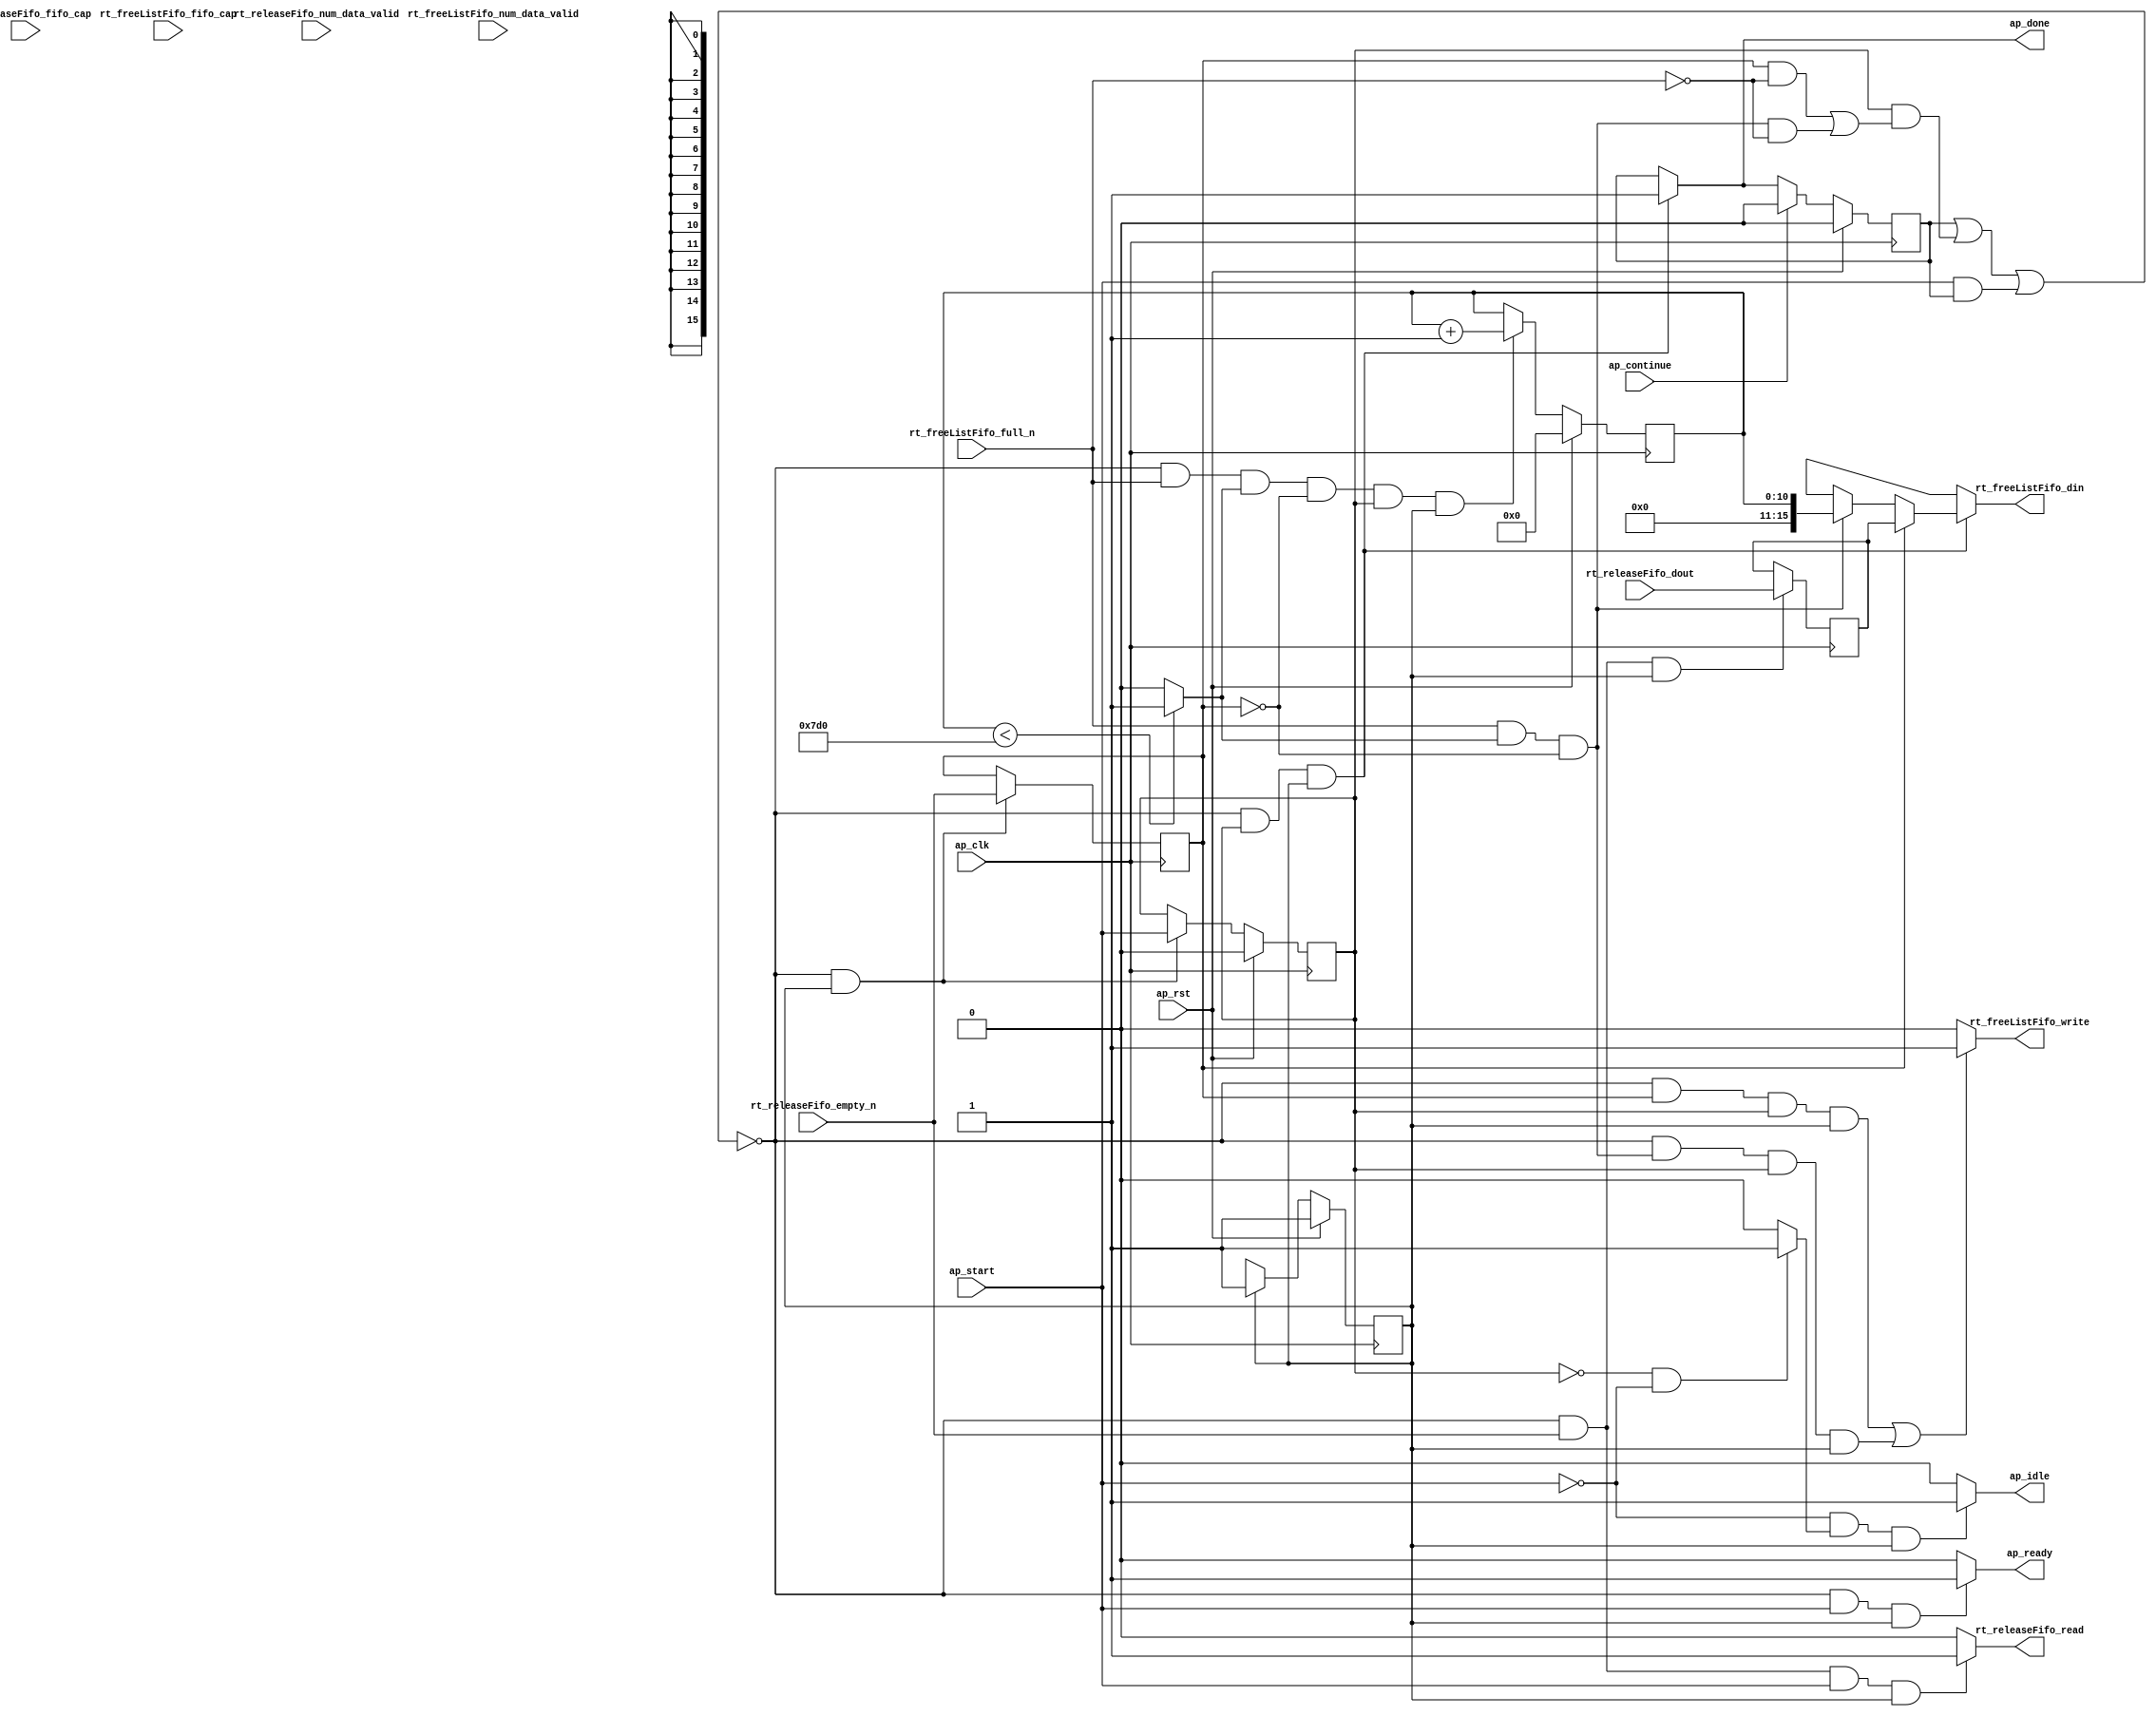
// ==============================================================
// RTL generated by Vitis HLS - High-Level Synthesis from C, C++ and OpenCL v2022.2 (64-bit)
// Version: 2022.2
// Copyright (C) Copyright 1986-2022 Xilinx, Inc. All Rights Reserved.
// 
// ===========================================================

`timescale 1 ns / 1 ps 

module rocev2_top_freelist_handler_0_s (
        ap_clk,
        ap_rst,
        ap_start,
        ap_done,
        ap_continue,
        ap_idle,
        ap_ready,
        rt_releaseFifo_dout,
        rt_releaseFifo_num_data_valid,
        rt_releaseFifo_fifo_cap,
        rt_releaseFifo_empty_n,
        rt_releaseFifo_read,
        rt_freeListFifo_din,
        rt_freeListFifo_num_data_valid,
        rt_freeListFifo_fifo_cap,
        rt_freeListFifo_full_n,
        rt_freeListFifo_write
);

parameter    ap_ST_fsm_pp0_stage0 = 1'd1;

input   ap_clk;
input   ap_rst;
input   ap_start;
output   ap_done;
input   ap_continue;
output   ap_idle;
output   ap_ready;
input  [15:0] rt_releaseFifo_dout;
input  [1:0] rt_releaseFifo_num_data_valid;
input  [1:0] rt_releaseFifo_fifo_cap;
input   rt_releaseFifo_empty_n;
output   rt_releaseFifo_read;
output  [15:0] rt_freeListFifo_din;
input  [11:0] rt_freeListFifo_num_data_valid;
input  [11:0] rt_freeListFifo_fifo_cap;
input   rt_freeListFifo_full_n;
output   rt_freeListFifo_write;

reg ap_done;
reg ap_idle;
reg ap_ready;
reg rt_releaseFifo_read;
reg[15:0] rt_freeListFifo_din;
reg rt_freeListFifo_write;

(* fsm_encoding = "none" *) reg   [0:0] ap_CS_fsm;
wire    ap_CS_fsm_pp0_stage0;
wire    ap_enable_reg_pp0_iter0;
reg    ap_enable_reg_pp0_iter1;
reg    ap_idle_pp0;
wire   [0:0] tmp_i_nbreadreq_fu_36_p3;
reg    ap_done_reg;
reg    ap_block_state1_pp0_stage0_iter0;
reg   [0:0] tmp_i_reg_92;
wire   [0:0] icmp_ln1027_fu_74_p2;
wire   [0:0] tmp_i_317_nbwritereq_fu_50_p3;
reg    ap_predicate_op23_write_state2;
reg    ap_block_state2_pp0_stage0_iter1;
reg    ap_block_pp0_stage0_subdone;
reg   [10:0] freeListCounter_V_1;
reg    rt_releaseFifo_blk_n;
wire    ap_block_pp0_stage0;
reg    rt_freeListFifo_blk_n;
reg    ap_block_pp0_stage0_11001;
reg   [15:0] rt_releaseFifo_read_reg_96;
wire   [10:0] add_ln840_fu_80_p2;
wire   [15:0] zext_ln1027_fu_69_p1;
reg    ap_block_pp0_stage0_01001;
reg   [0:0] ap_NS_fsm;
reg    ap_idle_pp0_0to0;
reg    ap_reset_idle_pp0;
wire    ap_enable_pp0;
reg    ap_condition_117;
wire    ap_ce_reg;

// power-on initialization
initial begin
#0 ap_CS_fsm = 1'd1;
#0 ap_enable_reg_pp0_iter1 = 1'b0;
#0 ap_done_reg = 1'b0;
#0 freeListCounter_V_1 = 11'd0;
end

always @ (posedge ap_clk) begin
    if (ap_rst == 1'b1) begin
        ap_CS_fsm <= ap_ST_fsm_pp0_stage0;
    end else begin
        ap_CS_fsm <= ap_NS_fsm;
    end
end

always @ (posedge ap_clk) begin
    if (ap_rst == 1'b1) begin
        ap_done_reg <= 1'b0;
    end else begin
        if ((ap_continue == 1'b1)) begin
            ap_done_reg <= 1'b0;
        end else if (((1'b0 == ap_block_pp0_stage0_subdone) & (ap_enable_reg_pp0_iter1 == 1'b1) & (1'b1 == ap_CS_fsm_pp0_stage0))) begin
            ap_done_reg <= 1'b1;
        end
    end
end

always @ (posedge ap_clk) begin
    if (ap_rst == 1'b1) begin
        ap_enable_reg_pp0_iter1 <= 1'b0;
    end else begin
        if (((1'b0 == ap_block_pp0_stage0_subdone) & (1'b1 == ap_CS_fsm_pp0_stage0))) begin
            ap_enable_reg_pp0_iter1 <= ap_start;
        end
    end
end

always @ (posedge ap_clk) begin
    if (ap_rst == 1'b1) begin
        freeListCounter_V_1 <= 11'd0;
    end else begin
        if (((1'b0 == ap_block_pp0_stage0_11001) & (tmp_i_317_nbwritereq_fu_50_p3 == 1'd1) & (icmp_ln1027_fu_74_p2 == 1'd1) & (tmp_i_reg_92 == 1'd0) & (ap_enable_reg_pp0_iter1 == 1'b1) & (1'b1 == ap_CS_fsm_pp0_stage0))) begin
            freeListCounter_V_1 <= add_ln840_fu_80_p2;
        end
    end
end

always @ (posedge ap_clk) begin
    if (((1'b0 == ap_block_pp0_stage0_11001) & (tmp_i_nbreadreq_fu_36_p3 == 1'd1) & (1'b1 == ap_CS_fsm_pp0_stage0))) begin
        rt_releaseFifo_read_reg_96 <= rt_releaseFifo_dout;
    end
end

always @ (posedge ap_clk) begin
    if (((1'b0 == ap_block_pp0_stage0_11001) & (1'b1 == ap_CS_fsm_pp0_stage0))) begin
        tmp_i_reg_92 <= tmp_i_nbreadreq_fu_36_p3;
    end
end

always @ (*) begin
    if (((1'b0 == ap_block_pp0_stage0_subdone) & (ap_enable_reg_pp0_iter1 == 1'b1) & (1'b1 == ap_CS_fsm_pp0_stage0))) begin
        ap_done = 1'b1;
    end else begin
        ap_done = ap_done_reg;
    end
end

always @ (*) begin
    if (((ap_start == 1'b0) & (ap_idle_pp0 == 1'b1) & (1'b1 == ap_CS_fsm_pp0_stage0))) begin
        ap_idle = 1'b1;
    end else begin
        ap_idle = 1'b0;
    end
end

always @ (*) begin
    if (((ap_enable_reg_pp0_iter1 == 1'b0) & (ap_enable_reg_pp0_iter0 == 1'b0))) begin
        ap_idle_pp0 = 1'b1;
    end else begin
        ap_idle_pp0 = 1'b0;
    end
end

always @ (*) begin
    if ((ap_enable_reg_pp0_iter0 == 1'b0)) begin
        ap_idle_pp0_0to0 = 1'b1;
    end else begin
        ap_idle_pp0_0to0 = 1'b0;
    end
end

always @ (*) begin
    if (((1'b0 == ap_block_pp0_stage0_subdone) & (ap_start == 1'b1) & (1'b1 == ap_CS_fsm_pp0_stage0))) begin
        ap_ready = 1'b1;
    end else begin
        ap_ready = 1'b0;
    end
end

always @ (*) begin
    if (((ap_start == 1'b0) & (ap_idle_pp0_0to0 == 1'b1))) begin
        ap_reset_idle_pp0 = 1'b1;
    end else begin
        ap_reset_idle_pp0 = 1'b0;
    end
end

always @ (*) begin
    if ((((1'b0 == ap_block_pp0_stage0) & (tmp_i_reg_92 == 1'd1) & (ap_enable_reg_pp0_iter1 == 1'b1) & (1'b1 == ap_CS_fsm_pp0_stage0)) | ((1'b0 == ap_block_pp0_stage0) & (ap_predicate_op23_write_state2 == 1'b1) & (ap_enable_reg_pp0_iter1 == 1'b1) & (1'b1 == ap_CS_fsm_pp0_stage0)))) begin
        rt_freeListFifo_blk_n = rt_freeListFifo_full_n;
    end else begin
        rt_freeListFifo_blk_n = 1'b1;
    end
end

always @ (*) begin
    if ((1'b1 == ap_condition_117)) begin
        if ((tmp_i_reg_92 == 1'd1)) begin
            rt_freeListFifo_din = rt_releaseFifo_read_reg_96;
        end else if ((ap_predicate_op23_write_state2 == 1'b1)) begin
            rt_freeListFifo_din = zext_ln1027_fu_69_p1;
        end else begin
            rt_freeListFifo_din = 'bx;
        end
    end else begin
        rt_freeListFifo_din = 'bx;
    end
end

always @ (*) begin
    if ((((1'b0 == ap_block_pp0_stage0_11001) & (tmp_i_reg_92 == 1'd1) & (ap_enable_reg_pp0_iter1 == 1'b1) & (1'b1 == ap_CS_fsm_pp0_stage0)) | ((1'b0 == ap_block_pp0_stage0_11001) & (ap_predicate_op23_write_state2 == 1'b1) & (ap_enable_reg_pp0_iter1 == 1'b1) & (1'b1 == ap_CS_fsm_pp0_stage0)))) begin
        rt_freeListFifo_write = 1'b1;
    end else begin
        rt_freeListFifo_write = 1'b0;
    end
end

always @ (*) begin
    if (((1'b0 == ap_block_pp0_stage0) & (ap_done_reg == 1'b0) & (tmp_i_nbreadreq_fu_36_p3 == 1'd1) & (ap_start == 1'b1) & (1'b1 == ap_CS_fsm_pp0_stage0))) begin
        rt_releaseFifo_blk_n = rt_releaseFifo_empty_n;
    end else begin
        rt_releaseFifo_blk_n = 1'b1;
    end
end

always @ (*) begin
    if (((1'b0 == ap_block_pp0_stage0_11001) & (tmp_i_nbreadreq_fu_36_p3 == 1'd1) & (ap_start == 1'b1) & (1'b1 == ap_CS_fsm_pp0_stage0))) begin
        rt_releaseFifo_read = 1'b1;
    end else begin
        rt_releaseFifo_read = 1'b0;
    end
end

always @ (*) begin
    case (ap_CS_fsm)
        ap_ST_fsm_pp0_stage0 : begin
            ap_NS_fsm = ap_ST_fsm_pp0_stage0;
        end
        default : begin
            ap_NS_fsm = 'bx;
        end
    endcase
end

assign add_ln840_fu_80_p2 = (freeListCounter_V_1 + 11'd1);

assign ap_CS_fsm_pp0_stage0 = ap_CS_fsm[32'd0];

assign ap_block_pp0_stage0 = ~(1'b1 == 1'b1);

always @ (*) begin
    ap_block_pp0_stage0_01001 = ((ap_done_reg == 1'b1) | ((ap_enable_reg_pp0_iter1 == 1'b1) & (((tmp_i_reg_92 == 1'd1) & (rt_freeListFifo_full_n == 1'b0)) | ((ap_predicate_op23_write_state2 == 1'b1) & (rt_freeListFifo_full_n == 1'b0)))) | ((ap_start == 1'b1) & ((ap_done_reg == 1'b1) | ((tmp_i_nbreadreq_fu_36_p3 == 1'd1) & (rt_releaseFifo_empty_n == 1'b0)))));
end

always @ (*) begin
    ap_block_pp0_stage0_11001 = ((ap_done_reg == 1'b1) | ((ap_enable_reg_pp0_iter1 == 1'b1) & (((tmp_i_reg_92 == 1'd1) & (rt_freeListFifo_full_n == 1'b0)) | ((ap_predicate_op23_write_state2 == 1'b1) & (rt_freeListFifo_full_n == 1'b0)))) | ((ap_start == 1'b1) & ((ap_done_reg == 1'b1) | ((tmp_i_nbreadreq_fu_36_p3 == 1'd1) & (rt_releaseFifo_empty_n == 1'b0)))));
end

always @ (*) begin
    ap_block_pp0_stage0_subdone = ((ap_done_reg == 1'b1) | ((ap_enable_reg_pp0_iter1 == 1'b1) & (((tmp_i_reg_92 == 1'd1) & (rt_freeListFifo_full_n == 1'b0)) | ((ap_predicate_op23_write_state2 == 1'b1) & (rt_freeListFifo_full_n == 1'b0)))) | ((ap_start == 1'b1) & ((ap_done_reg == 1'b1) | ((tmp_i_nbreadreq_fu_36_p3 == 1'd1) & (rt_releaseFifo_empty_n == 1'b0)))));
end

always @ (*) begin
    ap_block_state1_pp0_stage0_iter0 = ((ap_done_reg == 1'b1) | ((tmp_i_nbreadreq_fu_36_p3 == 1'd1) & (rt_releaseFifo_empty_n == 1'b0)));
end

always @ (*) begin
    ap_block_state2_pp0_stage0_iter1 = (((tmp_i_reg_92 == 1'd1) & (rt_freeListFifo_full_n == 1'b0)) | ((ap_predicate_op23_write_state2 == 1'b1) & (rt_freeListFifo_full_n == 1'b0)));
end

always @ (*) begin
    ap_condition_117 = ((1'b0 == ap_block_pp0_stage0_01001) & (ap_enable_reg_pp0_iter1 == 1'b1) & (1'b1 == ap_CS_fsm_pp0_stage0));
end

assign ap_enable_pp0 = (ap_idle_pp0 ^ 1'b1);

assign ap_enable_reg_pp0_iter0 = ap_start;

always @ (*) begin
    ap_predicate_op23_write_state2 = ((tmp_i_317_nbwritereq_fu_50_p3 == 1'd1) & (icmp_ln1027_fu_74_p2 == 1'd1) & (tmp_i_reg_92 == 1'd0));
end

assign icmp_ln1027_fu_74_p2 = ((freeListCounter_V_1 < 11'd2000) ? 1'b1 : 1'b0);

assign tmp_i_317_nbwritereq_fu_50_p3 = rt_freeListFifo_full_n;

assign tmp_i_nbreadreq_fu_36_p3 = rt_releaseFifo_empty_n;

assign zext_ln1027_fu_69_p1 = freeListCounter_V_1;

endmodule //rocev2_top_freelist_handler_0_s